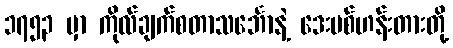
၁၇၅၃ မှာ ကိုလ်ချက်စတာသင်္ဘောနဲ့ ဒေးဗစ်ဟန်းတားတို့